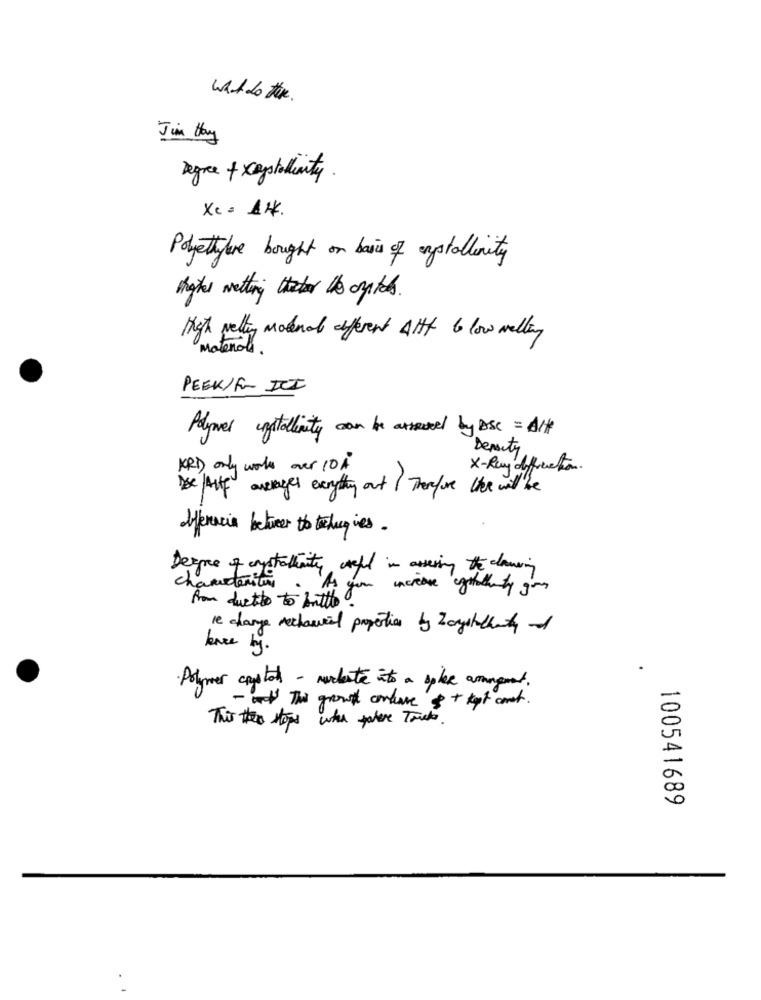
what do the.
Jim they
Degre + xysalinity.
Xc = 14.
Polyethylene bought on basis of egstallinity
brytes wetting the optes.
High vetting modenal different Altf & low melting
Materials.
PEEK/Fr ICI
Polymer installinity can be atseuted by ASC = A/H
Density
KRI only works over 10A
X-Ray diffriction.
De Arte averages exrythey out Therefore the will be
differencia between to techugies.
Degree of anystrathinity careful in assesing the cleaning
characteritin. As you increase egitothirty you
from duetto to butto.
re charge mechanical properties by Z angstatlanty of
kaze by.
.
Polymer crystal - mucheste into a sphere arangement.
- at The ground conduce 8+ kept const.
0
This then stops when there Trucks.
00
100541689